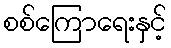
စစ်ကြောရေးနှင့်